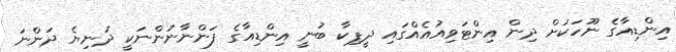
އިންޑިއާގެ ނޫހަކަށް ދިން އިންޓަވިއުއެއްގައި ދީޕިކާ ބުނީ އިންޑިއާގެ ފަންނާނުންނަކީ ދުނިޔެ ދަންނަ